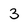
Character: 3